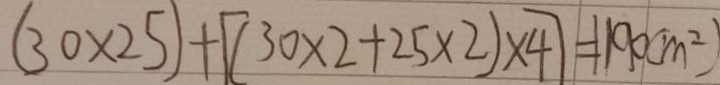
( 3 0 \times 2 5 ) + [ ( 3 0 \times 2 + 2 5 \times 2 ) \times 4 ] = 1 1 9 0 ( m ^ { 2 } )